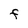
Character: F